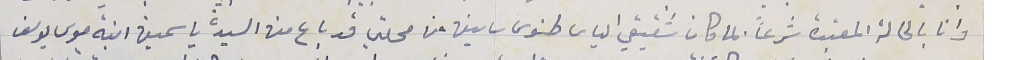
وانا بالحالة المعتبرة شرعاً بما كان شقيقي الياس طنوس ساسين من محلتي قد باع من السيدة ياسمين ابنة موسى يوسف